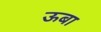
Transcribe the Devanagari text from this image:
ऊबा